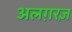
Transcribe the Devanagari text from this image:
अलग़रज़